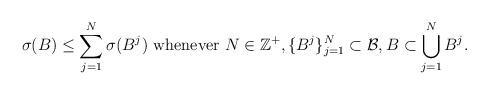
LaTeX: \begin{align*}\sigma(B)\leq \sum_{j=1}^N \sigma(B^j) \mbox{ whenever } N\in \mathbb{Z}^+, \{B^j\}_{j=1}^N \subset \mathcal{B}, B \subset \bigcup_{j=1}^N B^j. \end{align*}